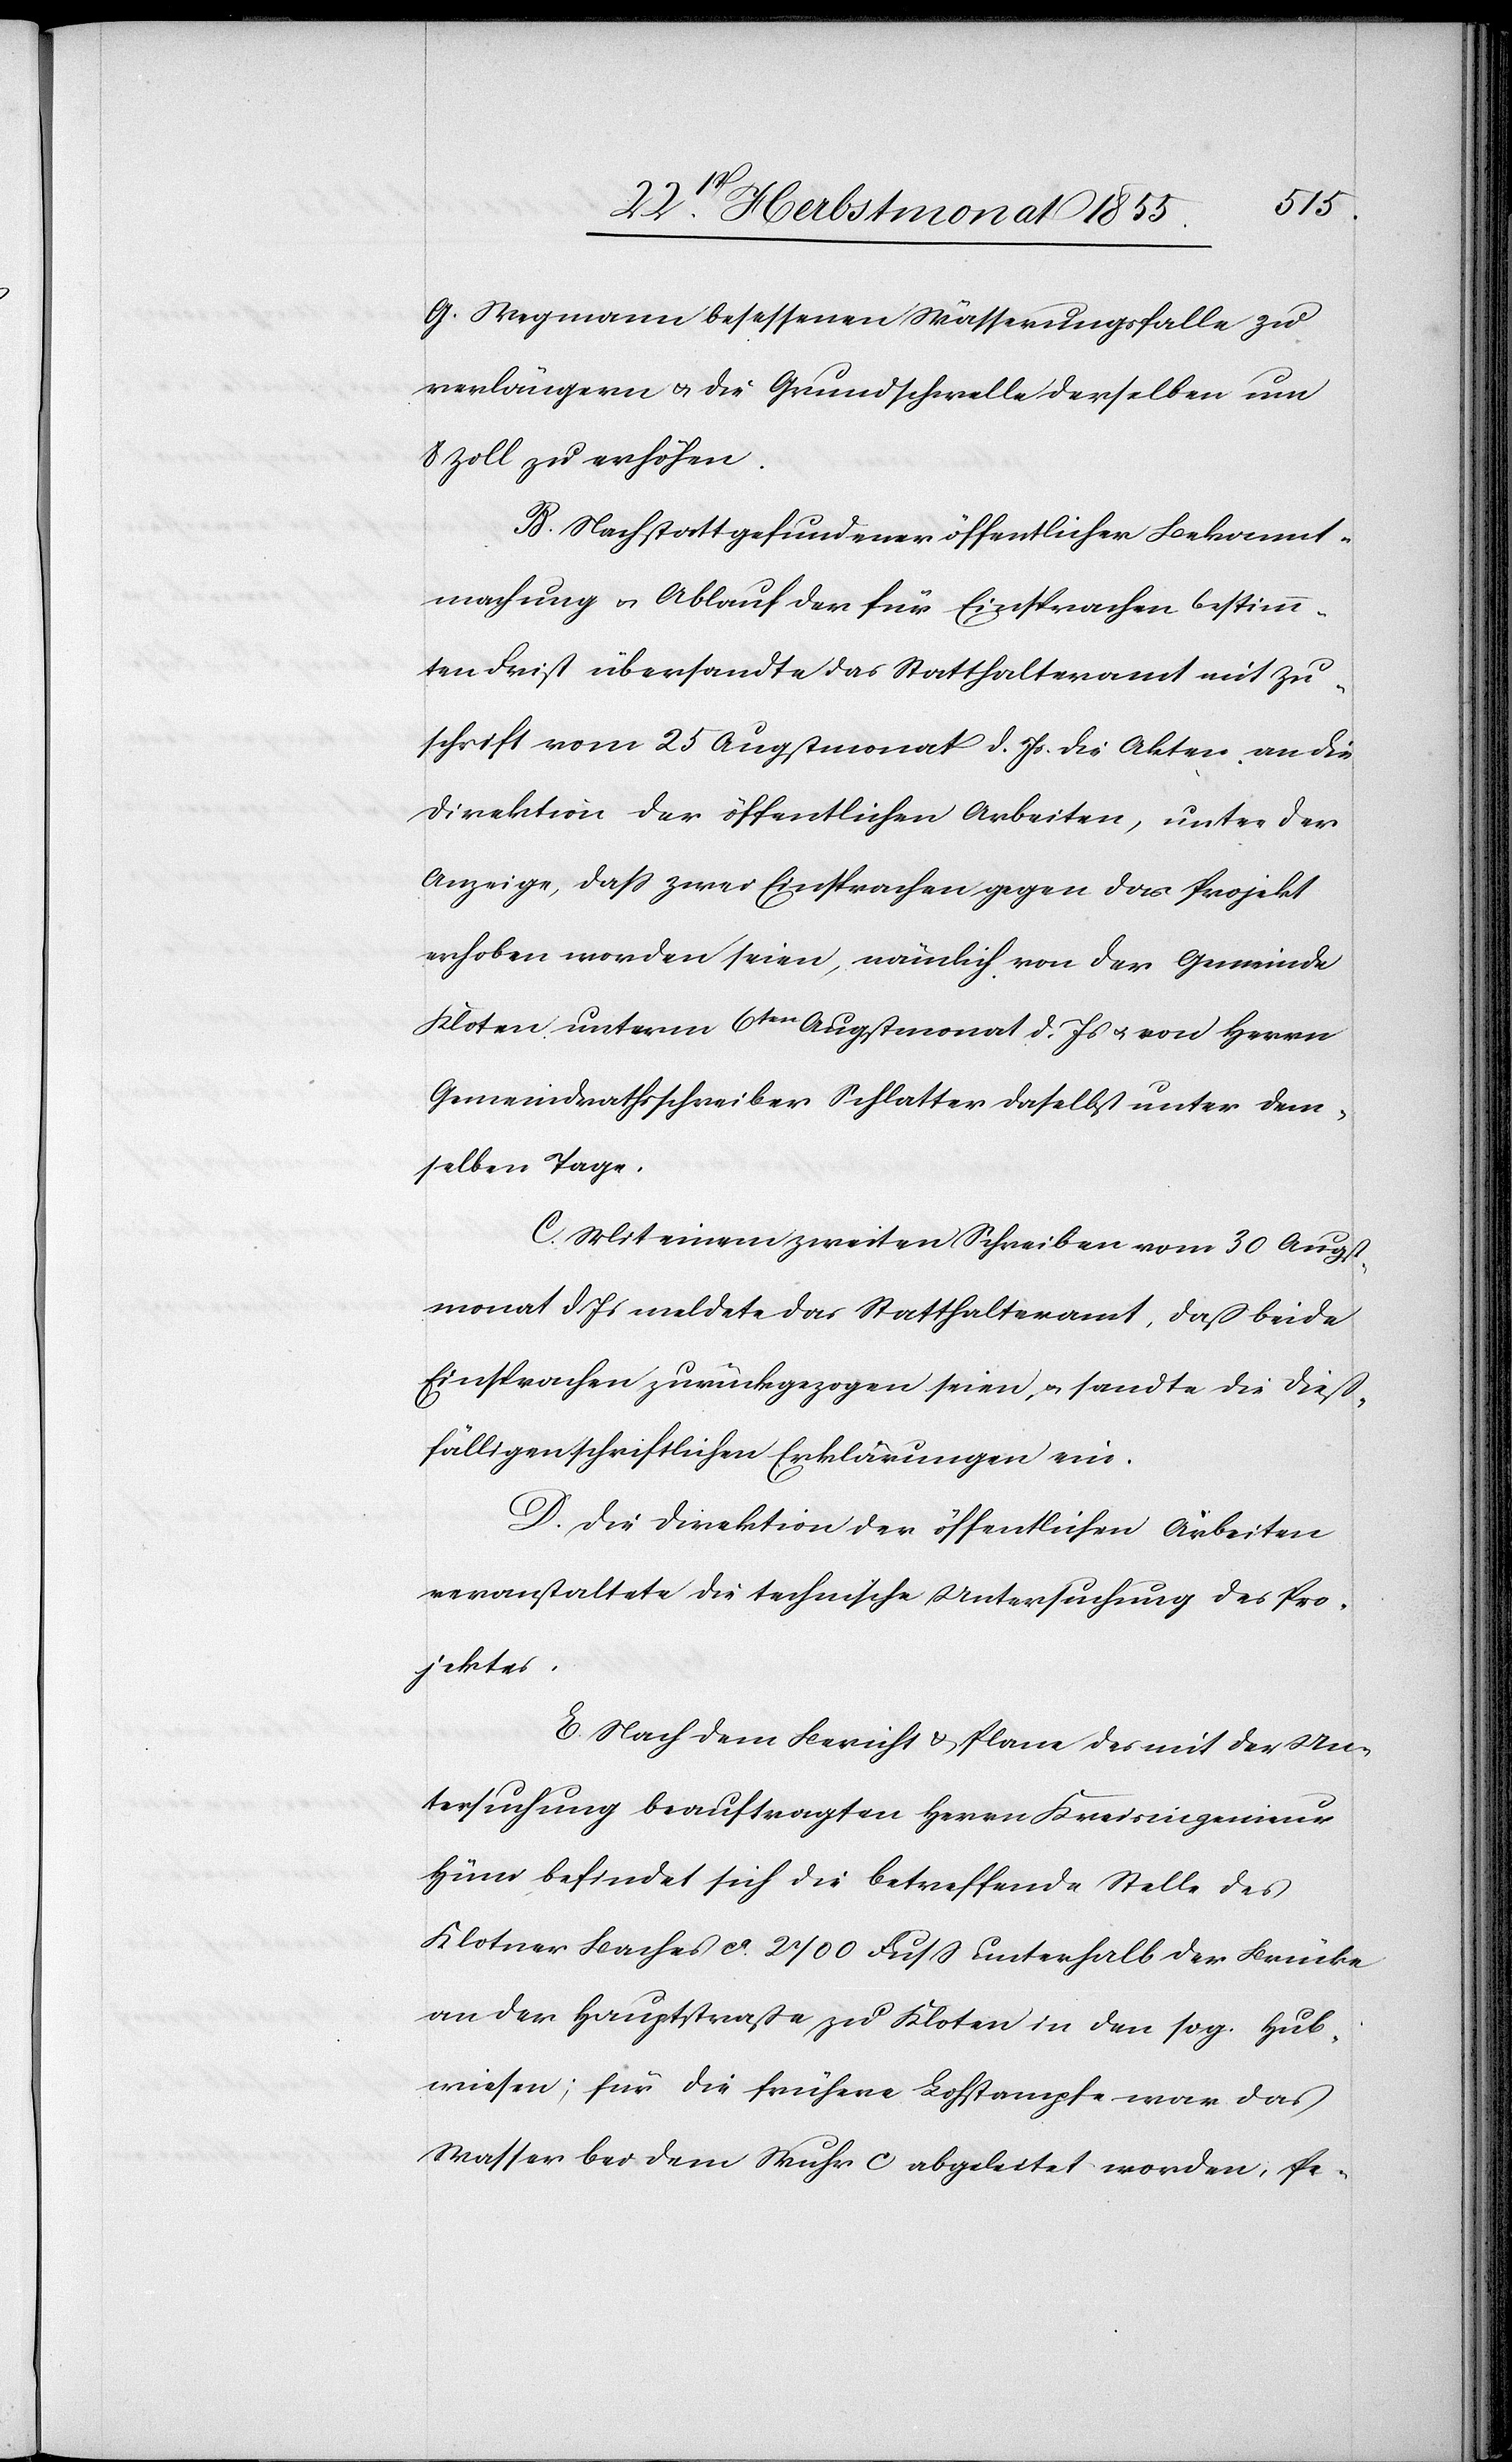
G. Wegmann besessenen Wässerungsfalle zu
verlängern & die Grundschwelle derselben um
8 Zoll zu erhöhen.
B. Nach stattgefundener öffentlicher Bekannt¬
machung & Ablauf der für Einsprachen bestimm¬
ten Frist übersandte das Statthalteramt mit Zu¬
schrift vom 25 Augstmonat d. Js. die Akten an die
Direktion der öffentlichen Arbeiten, unter der
Anzeige, daß zwei Einsprachen gegen das Projekt
erhoben worden seien, nämlich von der Gemeinde
Kloten unterm 6ten Augstmonat d. Js & von Herrn
Gemeindrathsschreiber Schlatter daselbst unter dem¬
selben Tage.
C. Mit einem zweiten Schreiben vom 30 Augst¬
monat d. Js meldete das Statthalteramt, daß beide
Einsprachen zurückgezogen seien, & sandte die dieß¬
fälligen schriftlichen Erklärungen ein.
D. Die Direktion der öffentlichen Arbeiten
veranstaltete die technische Untersuchung des Pro¬
jektes.
E. Nach dem Bericht & Plane des mit der Un¬
tersuchung beauftragten Herrn Kreisingenieur
Hüni befindet sich die betreffende Stelle des
Klotner Baches ca. 2700 Fuss unterhalb der Brücke
an der Hauptstraße zu Kloten in den sog. Hub¬
wiesen; für die frühere Lohstampfe war das
Wasser bei dem Wuhr C abgeleitet worden, Pe